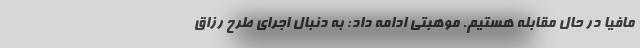
مافیا در حال مقابله هستیم. موهبتی ادامه داد: به دنبال اجرای طرح رزاق